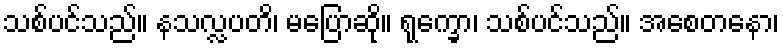
သစ်ပင်သည်။ နသလ္လပတိ၊ မပြောဆို။ ရုက္ခော၊ သစ်ပင်သည်။ အစေတနော၊